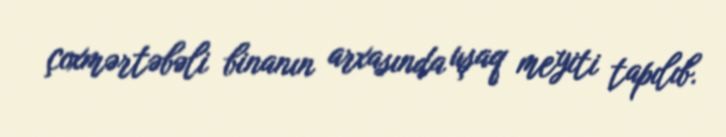
çoxmərtəbəli binanın arxasında uşaq meyiti tapılıb.